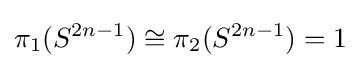
\pi _{1}(S^{2n-1})\cong \pi _{2}(S^{2n-1})=1